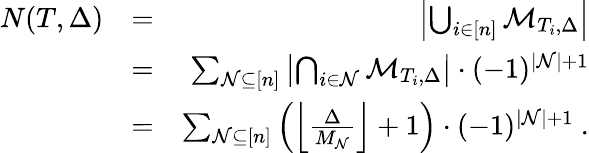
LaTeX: \begin{array}{rlr}{N(T,\Delta)}&{=}&{\left|\bigcup_{i\in[n]}{\cal M}_{T_{i},\Delta}\right|}\\ &{=}&{\sum_{{\cal N}\subseteq[n]}\left|\bigcap_{i\in{\cal N}}{\cal M}_{T_{i},\Delta}\right|\cdot(-1)^{|{\cal N}|+1}}\\ &{=}&{\sum_{{\cal N}\subseteq[n]}\left(\left\lfloor\frac{\Delta}{M_{\cal N}}\right\rfloor+1\right)\cdot(-1)^{|{\cal N}|+1}\ .}\end{array}